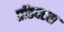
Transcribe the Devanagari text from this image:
प्रॉडक्टस